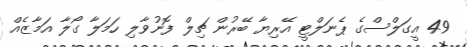
49 އީގަލްސްގެ ޕެނަލްޓީ އޭރިޔާ ބޭރުން ޗިލް ފޮނުވާލި ހަމަލާ ގޯލާ އަމާޒެއް